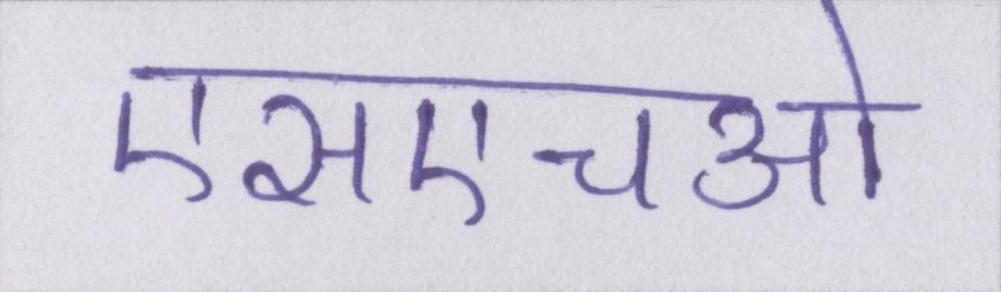
एसएचओ